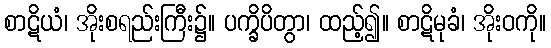
စာဋိယံ၊ အိုးစရည်းကြီး၌။ ပက္ခိပိတွာ၊ ထည့်၍။ စာဋိမုခံ၊ အိုးဝကို။